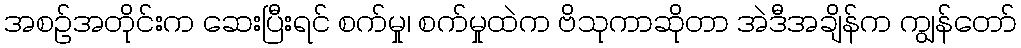
အစဉ်အတိုင်းက ဆေးပြီးရင် စက်မှု၊ စက်မှုထဲက ဗိသုကာဆိုတာ အဲဒီအချိန်က ကျွန်တော်